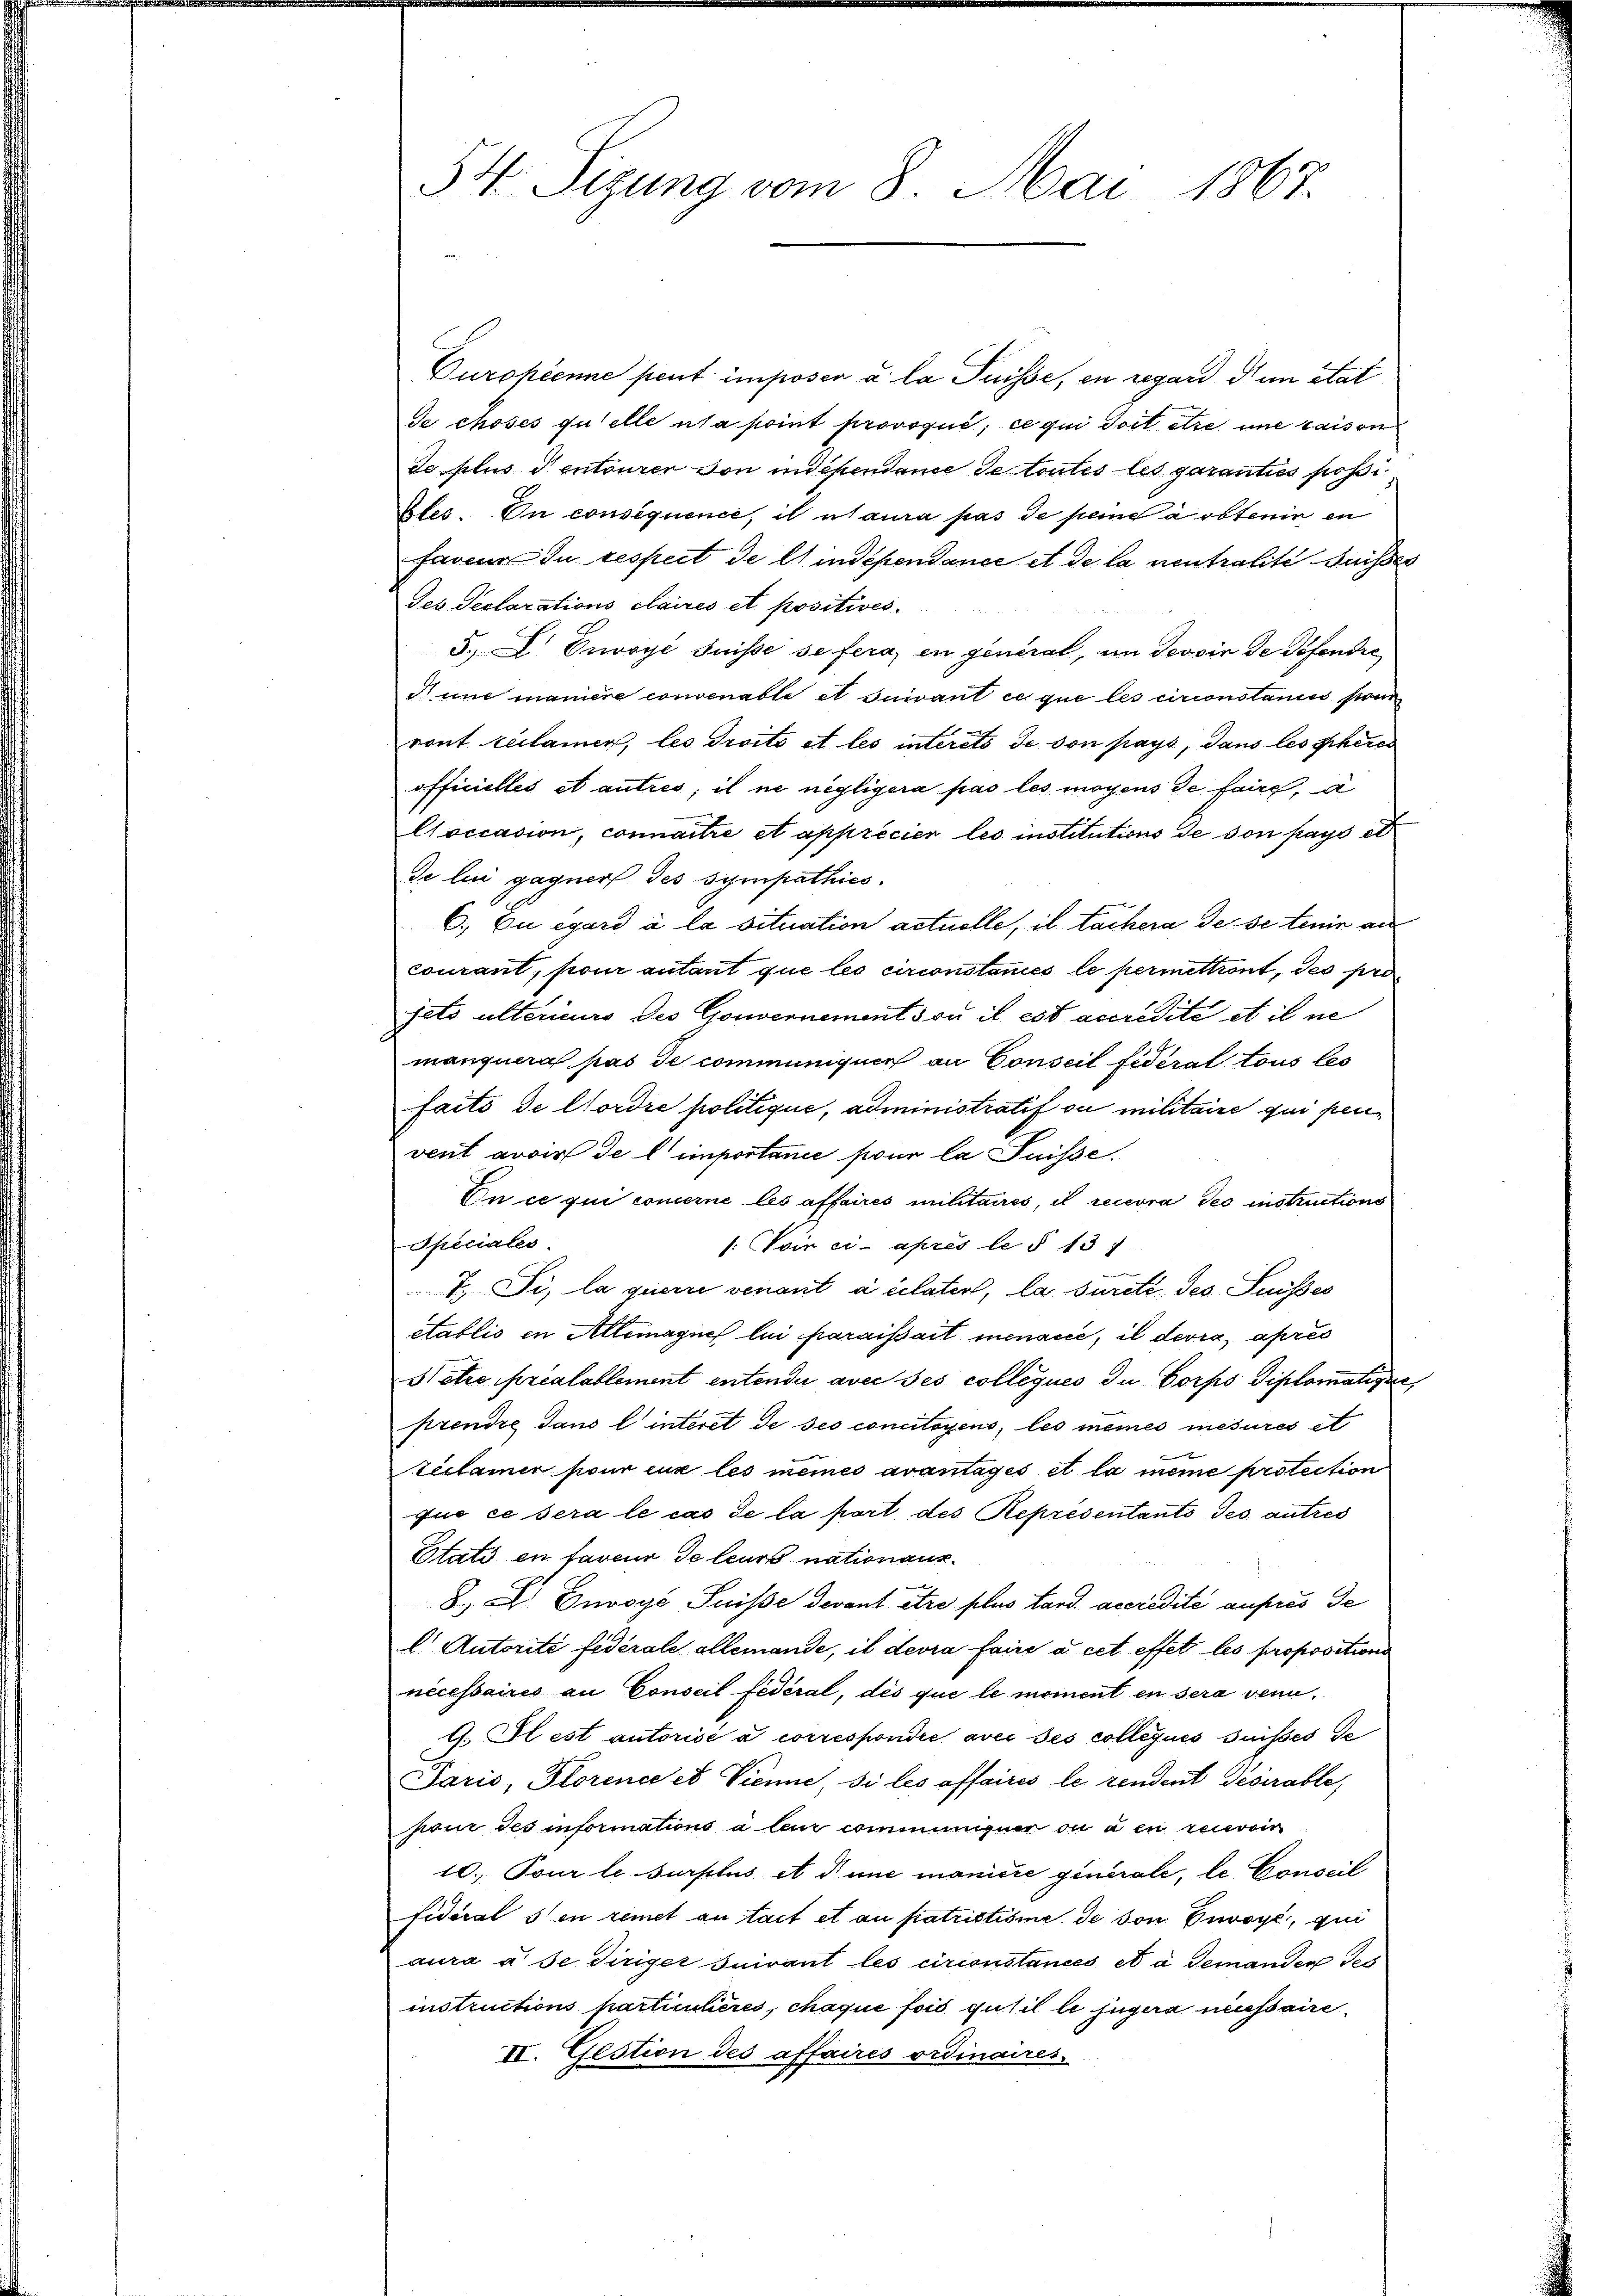
54. Sizung vom 8. Mai 1867.

Curopienne peut imposer à la Puisse, en regard dun état
de choses quelle usa point provoqué; ce qui doit être une raison
de plus dentourer von indépendame de toutes les garanties possi¬
Ales. On consequence, il aura pas de peine a obtenin en
faveur in respect de lindépendance et de la neutralite Suisses
Jes Seclarations Claires et positives.
5.  Envoyé Suisse se fera, en general, im Devoir de Defendre
Sune maniere convenable et suivant ce que les circonstances sonn
ront réclamer, les droito et les interets de von pays, dans les scheres
officielles et autres, il ne negligera pas les moyens de faire, a
Coccasion, connaitre et apprécier les institutions de von pays et
de lie gagner des sympathies.
6. Cu egard à la situation actuelle, il tachera de se tenir au
courant, pour autant que les circonstances le permettront, des pro
jeto ultérieurs des Gouvernements ou il est accredite et il ne
manquera pas de communiquer an Conseil fidéral tous les
faits de Cordre politique, administratif ou militaire qui penvent avoir de l’importance pour la Suisse.
En ce qui concerne les affaires militaires, il recevra des instructions
Speciales
/: Nein ci-après le § 13:
T. Si, la querre venant à celater, la sureté des Suisses
etablis in Allemagne lui paraissait menance, il devra, après
Setre préalablement entendii avec ses colleques du Corps Diplomatique,
prendre dans l’intiret de ses concitoyens, les meines mesures et
.
Ziclamer pour eux les meines avantages et la meine protection
que ce sera le cas de la port des Représentants Jes autres
Etats en faveur de leurs nationanz
8. L. Dnvoys Suisse devant être plus tard. accredite aufres de
l. Autorité fédérale allemande, il devra faire à cet effet les propositions
necessaires an Conseil fédéral, dès que le moment en sera venn¬
G. Il est autorisé à correspondre avec ses collégués suisses Ge
Paris, Glorence et Vienne, si les affaires le rendent Geserable,
pour des informations à leur communiquer ou a en recevoin
10. Tour le surplus et d’une manière generale, le Conseil
Fidéral s en remet an tait et au patriotisme de von Envoyé, qui
aura à se diriger suivant les circonstances et à demanden Jes
instructions particulières, chaque fois gutil le jugera necessaire
II. Gestion des affaires ordinaires